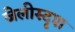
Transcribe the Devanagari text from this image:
जेलीस्दृश